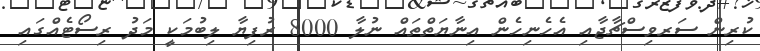
ކުރިން ސަރވިސްޗާޖާއި އެހެނިހެން އިނާޔަތްތައް ނުލާ 8000 ރުފިޔާ ލިބުމަކީ މަދު ރިސޯޓެއްގައި